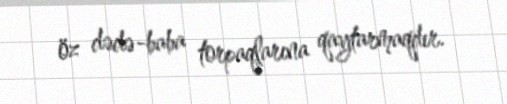
öz dədə-baba torpaqlarına qaytarmaqdır.